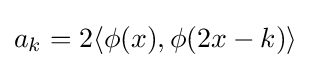
a_{k}=2\langle \phi (x),\phi (2x-k)\rangle